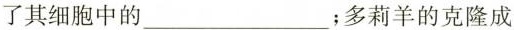
了其细胞中的___；多莉羊的克隆成